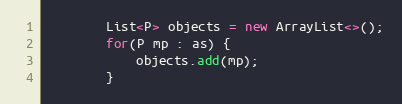
Language: Java
        List<P> objects = new ArrayList<>();
        for(P mp : as) {
            objects.add(mp);
        }